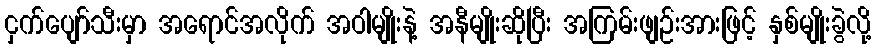
ငှက်ပျော်သီးမှာ အရောင်အလိုက် အဝါမျိုးနဲ့ အနီမျိုးဆိုပြီး အကြမ်းဖျဉ်းအားဖြင့် နှစ်မျိုးခွဲလို့